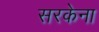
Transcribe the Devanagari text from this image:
सरकेना